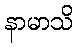
နာမာသိ